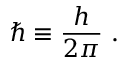
\hbar \equiv { \frac { h } { 2 \pi } } ~ .